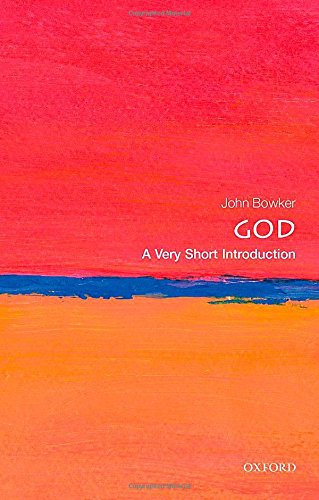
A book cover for God: A Very Short Introduction (Very Short Introductions); John Bowker; Religion & Spirituality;